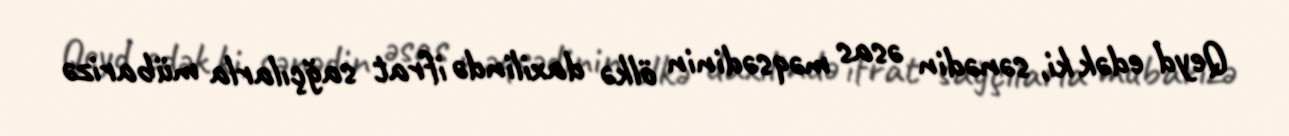
Qeyd edək ki, sənədin əsas məqsədinin ölkə daxilində ifrat sağçılarla mübarizə